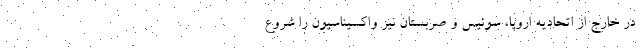
در خارج از اتحادیه اروپا، سوئیس و صربستان نیز واکسیناسیون را شروع